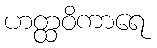
ဟတ္ထဝိကာရေ